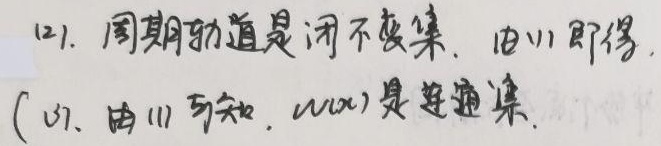
(2). 周期轨道是闭不变集. 由(1)即得.
(3). 由(1)可知，\(\omega(x)\) 是连通集.